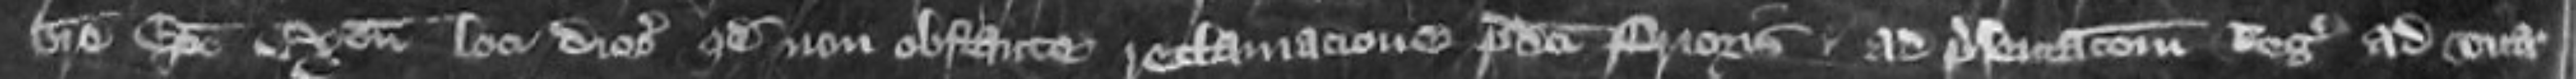
breve Episcopo Exonie loci diocesano quod non obstante reclamatione predicti Prioris ad presentationem Regis ad vica